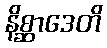
နိစ္ဆာဒေတိ